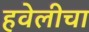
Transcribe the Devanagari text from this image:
हवेलीचा